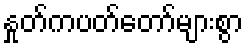
နှုတ်ကပတ်တော်များစွာ